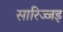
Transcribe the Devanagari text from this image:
सारिज्जइ